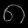
Digit: ၈